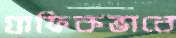
গ্রাফিকভাবে